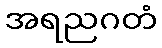
အရညဂတံ